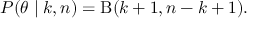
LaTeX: P ( \theta \mid k , n ) = \mathrm { \mathrm { B } } ( k + 1 , n - k + 1 ) .